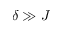
\delta \gg J